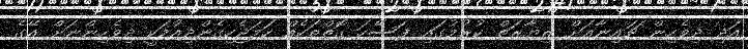
އަދި ދިވެހިން ޗައިނާއަށް ޒިޔާރަތް ކުރުމުގައި ފަސޭހަ ގޮތްތަކެއް ހަމަޖެހިގެންދިއުމަކީ ދިވެހިންނަށް އޭގެ